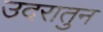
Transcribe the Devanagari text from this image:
उदरातुन